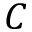
C